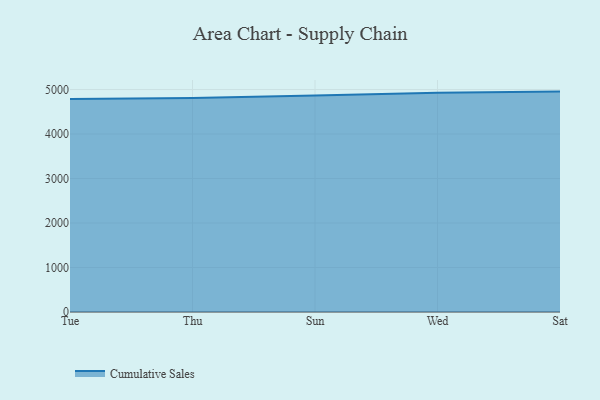
{"axis": {"x": "Day", "y": "Humidity (%)"}, "legend": ["Cumulative Sales"], "data": [{"x": "Tue", "y": 4785.6, "type": "Cumulative Sales"}, {"x": "Thu", "y": 4812.1, "type": "Cumulative Sales"}, {"x": "Sun", "y": 4864.6, "type": "Cumulative Sales"}, {"x": "Wed", "y": 4929.4, "type": "Cumulative Sales"}, {"x": "Sat", "y": 4953.7, "type": "Cumulative Sales"}]}